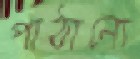
পাঠানো